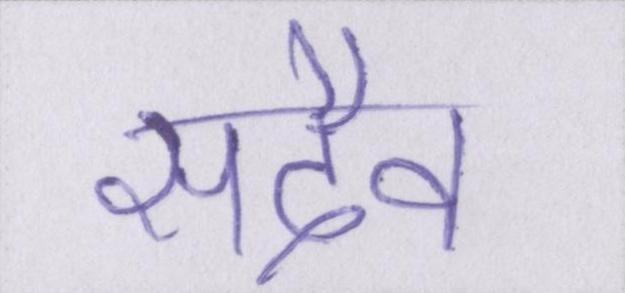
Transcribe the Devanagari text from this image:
सदैव